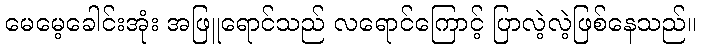
မေမေ့ခေါင်းအုံး အဖြူရောင်သည် လရောင်ကြောင့် ပြာလဲ့လဲ့ဖြစ်နေသည်။